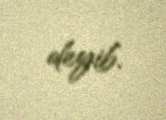
deyib.